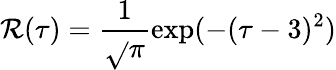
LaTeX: \mathcal{R}(\tau)=\frac{{1}}{{\sqrt{}{{\pi}}}}\exp(-(\tau-3)^{2})